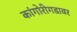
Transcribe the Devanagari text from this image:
कांगोरीगडावर